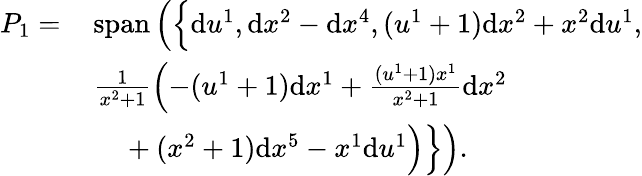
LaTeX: \begin{array}{rl}{P_{1}=\, }&{\mathrm{span}\left(\left\{ \vphantom{\frac{1}{x^{2}+1}}\mathrm{d}u^{1},\mathrm{d}x^{2}-\mathrm{d}x^{4},(u^{1}+1)\mathrm{d}x^{2}+x^{2}\mathrm{d}u^{1}\right.\right.,}\\ &{\left.\left.\frac{1}{x^{2}+1}\left(-(u^{1}+1)\mathrm{d}x^{1}+\frac{(u^{1}+1)x^{1}}{x^{2}+1}\mathrm{d}x^{2}\right.\right.\right.}\\ &{\left.\left.\left.\vphantom{\frac{1}{x^{2}+1}}\quad+(x^{2}+1)\mathrm{d}x^{5}-x^{1}\mathrm{d}u^{1}\right)\right\} \right).}\end{array}